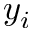
y _ { i }